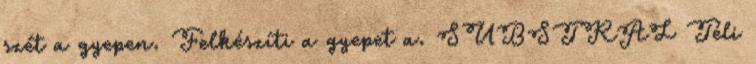
szét a gyepen. Felkészíti a gyepet a. SUBSTRAL Téli